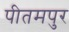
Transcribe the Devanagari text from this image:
पीतमपुर